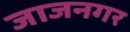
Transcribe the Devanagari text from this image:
जाजनगर